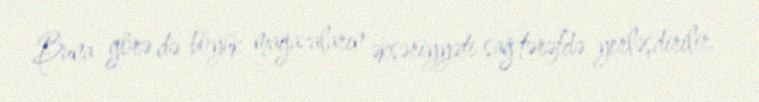
Buna görə də böyük mağazaların əksəriyyəti sağ tərəfdə yerləşdirilir.